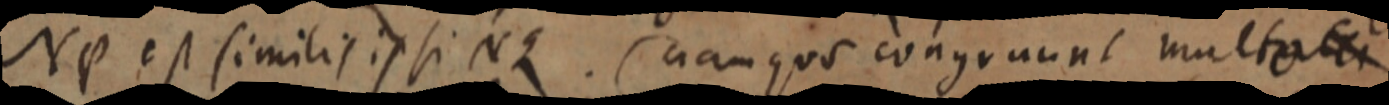
NP est similis ipsi Nq. nam quo congruunt multa _